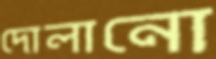
দোলানো